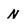
Character: N